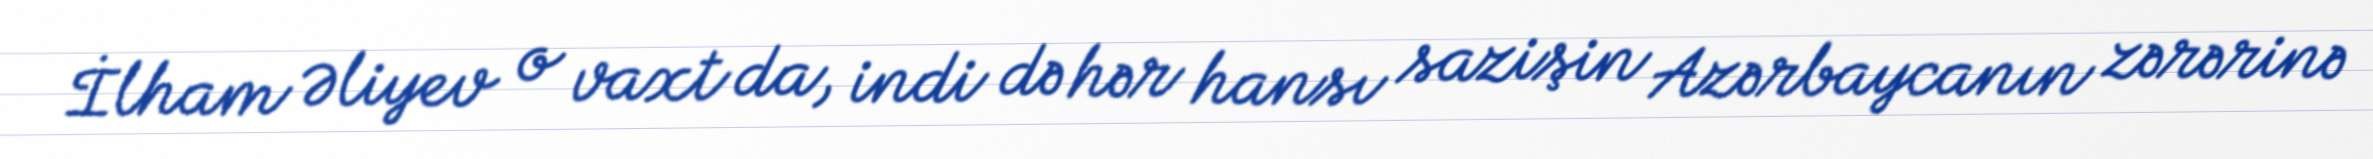
İlham Əliyev o vaxt da, indi də hər hansı sazişin Azərbaycanın zərərinə